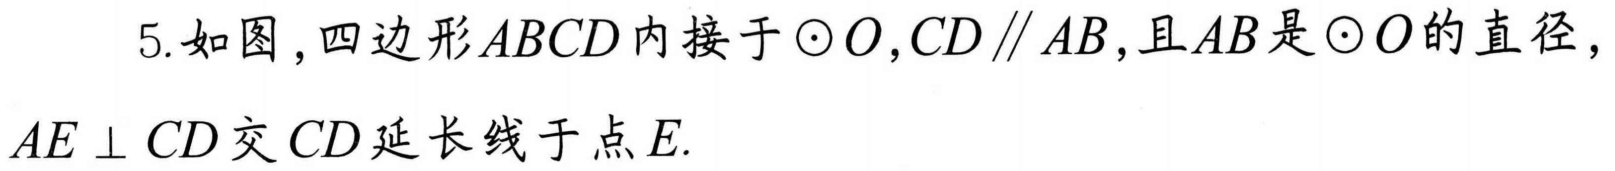
5. 如图，四边形\(ABCD\)内接于\(\odot O\)，\(CD\parallel AB\)，且\(AB\)是\(\odot O\)的直径，\(AE\perp CD\)交\(CD\)延长线于点\(E\).